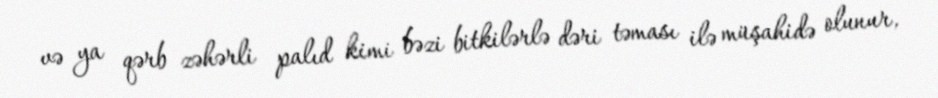
və ya qərb zəhərli palıd kimi bəzi bitkilərlə dəri təması ilə müşahidə olunur,